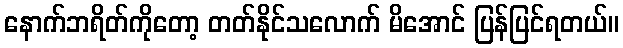
နောက်ဘရိတ်ကိုတော့ တတ်နိုင်သလောက် မိအောင် ပြန်ပြင်ရတယ်။